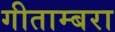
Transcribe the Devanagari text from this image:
गीताम्बरा